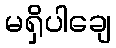
မရှိပါချေ